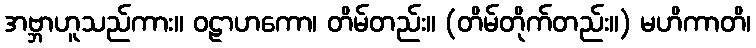
အဗ္ဘာဟူသည်ကား။ ဝဠာဟကော၊ တိမ်တည်း။ (တိမ်တိုက်တည်း။) မဟိကာတိ၊